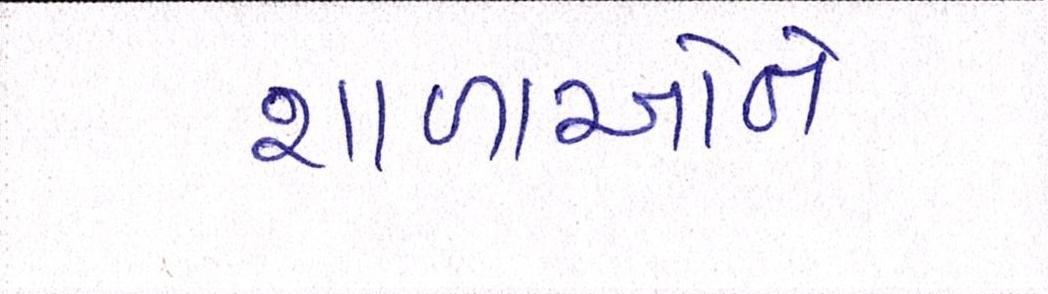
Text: શાળાઓને